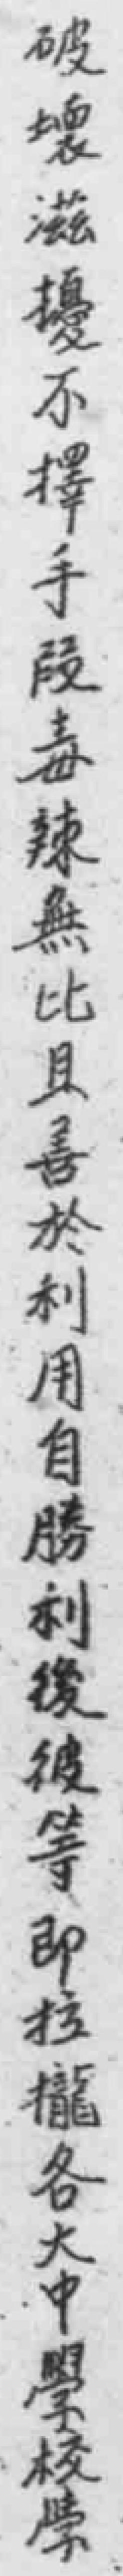
破壞滋擾不擇手段毒辣無比且善於利用自勝利後彼等即拉攏各大中學校學